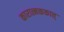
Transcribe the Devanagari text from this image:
कारात्मककात्‌